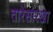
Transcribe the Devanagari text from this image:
तारेसारखा